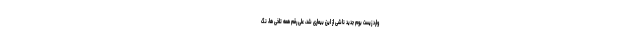
وارد زیست بوم جدید ناشی از این بیماری شد، علی رقم همه تلخی ها، نگ